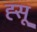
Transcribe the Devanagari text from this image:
ह्सू